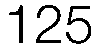
125